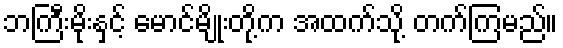
ဘကြီးမိုးနှင့် မောင်မျိုးတို့က အထက်သို့ တက်ကြမည်။